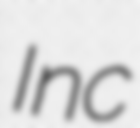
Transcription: Inc